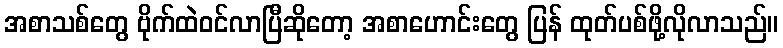
အစာသစ်တွေ ဗိုက်ထဲဝင်လာပြီဆိုတော့ အစာဟောင်းတွေ ပြန် ထုတ်ပစ်ဖို့လိုလာသည်။